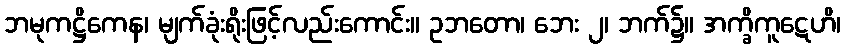
ဘမုကဋ္ဌိကေန၊ မျက်ခုံးရိုးဖြင့်လည်းကောင်း။ ဥဘတော၊ ဘေး ၂၊ ဘက်၌။ အက္ခိကူဋေဟိ၊